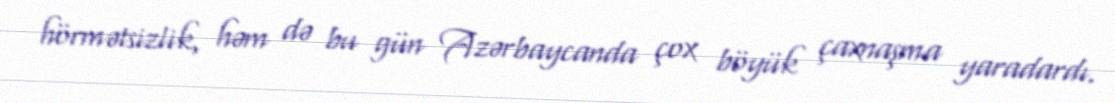
hörmətsizlik, həm də bu gün Azərbaycanda çox böyük çaxnaşma yaradardı.